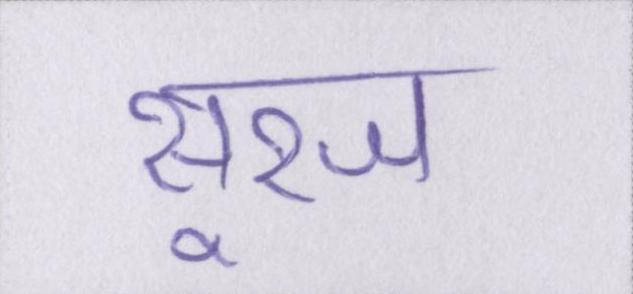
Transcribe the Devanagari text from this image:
सूरज